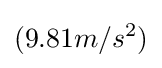
(9.81m/s^{2})